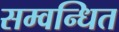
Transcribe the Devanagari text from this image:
सम्वन्धित